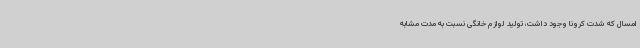
امسال که شدت کرونا وجود داشت، تولید لوازم خانگی نسبت به مدت مشابه